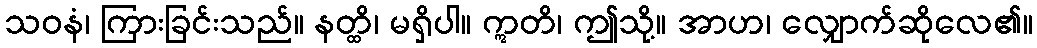
သဝနံ၊ ကြားခြင်းသည်။ နတ္ထိ၊ မရှိပါ။ ဣတိ၊ ဤသို့။ အာဟ၊ လျှောက်ဆိုလေ၏။